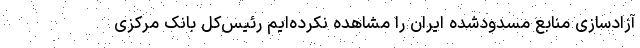
آزادسازی منابع مسدودشده ایران را مشاهده نکرده‌ایم رئیس‌کل بانک مرکزی